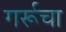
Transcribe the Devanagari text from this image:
गर्रूचा